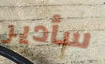
سأدير